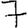
Digit: 7